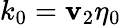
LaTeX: k_{0}=\mathbf{v}_{2}\eta_{0}